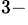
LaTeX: ^{3-}